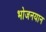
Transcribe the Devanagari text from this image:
भोजनयान